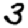
Digit: 3